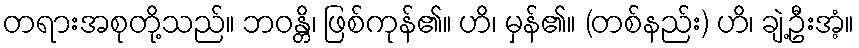
တရားအစုတို့သည်။ ဘဝန္တိ၊ ဖြစ်ကုန်၏။ ဟိ၊ မှန်၏။ (တစ်နည်း) ဟိ၊ ချဲ့ဦးအံ့။